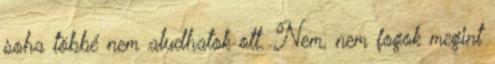
soha többé nem aludhatok ott. Nem, nem fogok megint